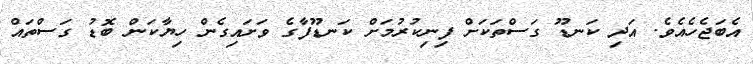
އެބަޖެހެއެވެ. އަދި ކަނޑޫ ގަސްތަކަށް ފިނިކުރުމަށް ކަނޑޫފާގެ ވަށައިގެން ހިޔާކަން ބޮޑު ގަސްތައް